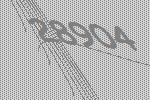
28904